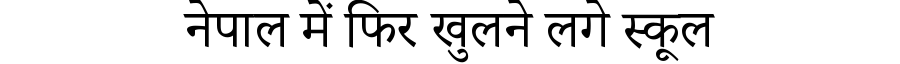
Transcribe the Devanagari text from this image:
नेपाल में फिर खुलने लगे स्कूल